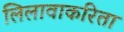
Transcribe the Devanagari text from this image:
लिलावाकरिता